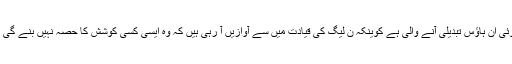
مرتضیٰ سولنگی کا مزید کہنا تھا کہ اس کا مطلب یہ نہیں ہے کہ حکومت جانے والی ہے یا کوئی ان ہاؤس تبدیلی آنے والی ہے کوینکہ ن لیگ کی قیادت میں سے آوازیں آ رہی ہیں کہ وہ ایسی کسی کوشش کا حصہ نہیں بنے گی کیونکہ اس وقت ملک جتنے بحرانوں کا شکار ہے، ایسے میں کارکردگی دکھانا ممکن نہ ہوگا۔